Report on horse surra - Volume I
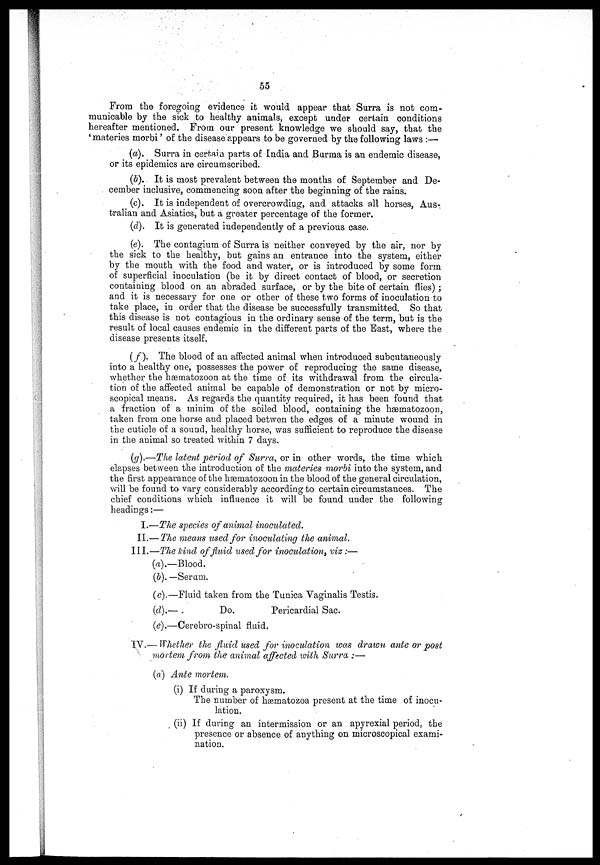
55
From the foregoing evidence it would appear that Surra is not com-
municable by the sick to healthy animals, except under certain conditions
hereafter mentioned. From our present knowledge we should say, that the
'materies morbi' of the disease appears to be governed by the following laws :—
(a). Surra in certain parts of India and Burma is an endemic disease,
or its epidemics are circumscribed.
(b). It is most prevalent between the months of September and De-
cember inclusive, commencing soon after the beginning of the rains.
(c). It is independent of overcrowding, and attacks all horses, Aus-
tralian and Asiatics, but a greater percentage of the former.
(d). It is generated independently of a previous case.
(e). The contagium of Surra is neither conveyed by the air, nor by
the sick to the healthy, but gains an entrance into the system, either
by the mouth with the food and water, or is introduced by some form
of superficial inoculation (be it by direct contact of blood, or secretion
containing blood on an abraded surface, or by the bite of certain flies);
and it is necessary for one or other of these two forms of inoculation to
take place, in order that the disease be successfully transmitted. So that
this disease is not contagious in the ordinary sense of the term, but is the
result of local causes endemic in the different parts of the East, where the
disease presents itself.
(f). The blood of an affected animal when introduced subcutaneously
into a healthy one, possesses the power of reproducing the same disease,
whether the hæmatozoon at the time of its withdrawal from the circula-
tion of the affected animal be capable of demonstration or not by micro-
scopical means. As regards the quantity required, it has been found that
a fraction of a minim of the soiled blood, containing the hæmatozoon,
taken from one horse and placed betwen the edges of a minute wound in
the cuticle of a sound, healthy horse, was sufficient to reproduce the disease
in the animal so treated within 7 days.
(g).—The latent period of Surra, or in other words, the time which
elapses between the introduction of the materies morbi into the system, and
the first appearance of the hæmatozoon in the blood of the general circulation,
will be found to vary considerably according to certain circumstances. The
chief conditions which influence it will be found under the following
headings:—
I.—The species of animal inoculated.
II.—The means used for inoculating the animal.
III.—The kind of fluid used for inoculation, viz:—
(a).—Blood.
(b). —Serum.
(c).—Fluid taken from the Tunica Vaginalis Testis.
(d).—
Do.
Pericardial Sac.
(e).—Cerebro-spinal fluid.
IV.— Whether the fluid used for inoculation was drawn ante or post
mortem from the animal affected with Surra :—
(a) Ante mortem.
(i) If during a paroxysm.
The number of hæmatozoa present at the time of inocu-
lation.
(ii) If during an intermission or an apyrexial period, the
presence or absence of anything on microscopical exami-
nation.